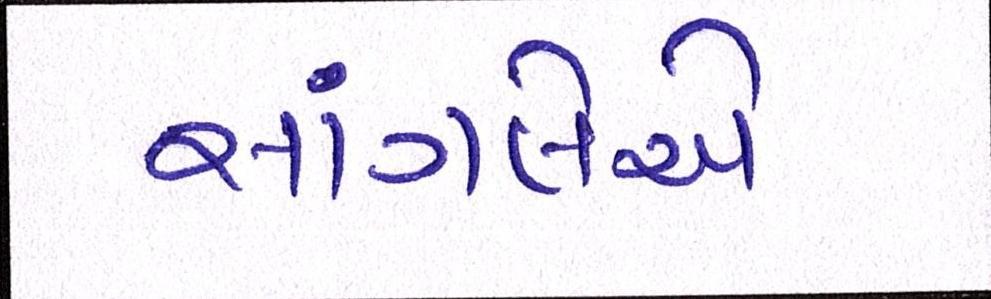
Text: સાંગલેએ